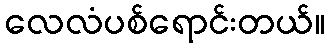
လေလံပစ်ရောင်းတယ်။